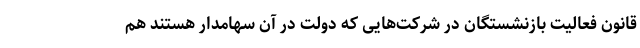
قانون فعالیت بازنشستگان در شرکت‌هایی که دولت در آن سهامدار هستند هم